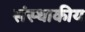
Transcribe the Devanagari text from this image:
संस्थाकीय